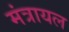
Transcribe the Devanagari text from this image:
मंत्रायल